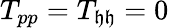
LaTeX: T_{pp}=T_{\mathfrak{h}\mathfrak{h}}=0